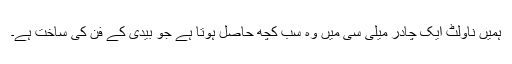
ہمیں ناولٹ ایک چادر میلی سی میں وہ سب کچھ حاصل ہوتا ہے جو بیدی کے فن کی ساخت ہے۔